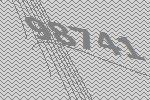
98741